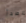
الصدأ